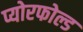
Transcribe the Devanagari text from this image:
प्योरफोल्ड